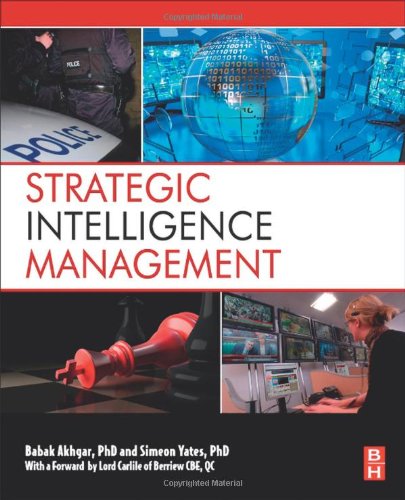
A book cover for Strategic Intelligence Management: National Security Imperatives and Information and Communications Technologies; Computers & Technology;